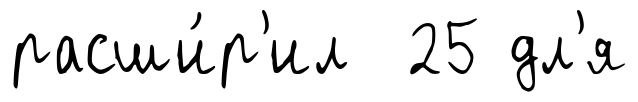
расши́р'ил 25 дл'я